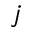
j